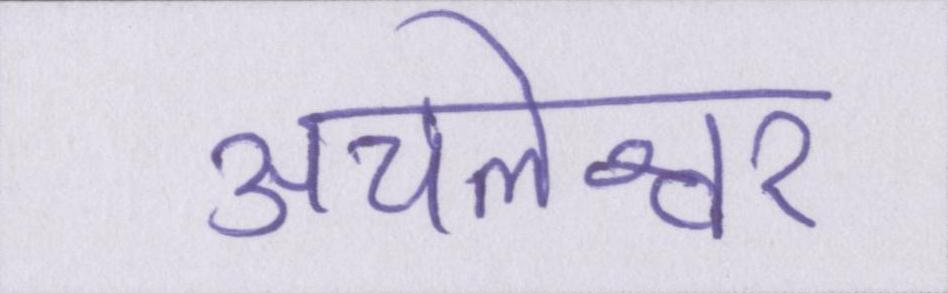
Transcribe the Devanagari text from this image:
अचलेश्वर